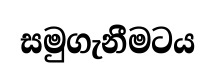
සමුගැනීමටය